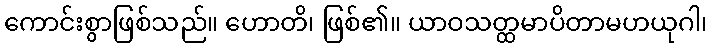
ကောင်းစွာဖြစ်သည်။ ဟောတိ၊ ဖြစ်၏။ ယာဝသတ္ထမာပိတာမဟယုဂါ၊